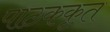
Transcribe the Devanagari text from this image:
पाठककृत